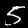
Digit: 5